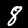
Label: 8